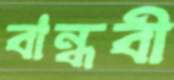
বান্ধবী